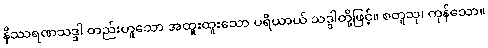
နိဿရဏသဒ္ဒါ တည်းဟူသော အထူးထူးသော ပရိယာယ် သဒ္ဒါတို့ဖြင့်။ စတူသု၊ ကုန်သော။